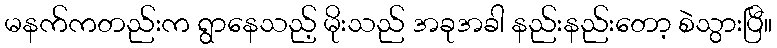
မနက်ကတည်းက ရွာနေသည့် မိုးသည် အခုအခါ နည်းနည်းတော့ စဲသွားပြီ။